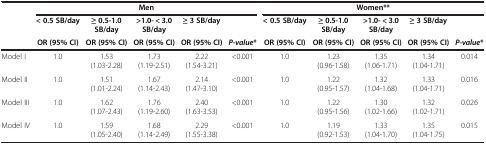
|  | <COLSPAN=5> Men | <COLSPAN=5> Women** |
 |  | < 0.5 SB/day | ≥ 0.5-1.0 SB/day | >1.0- < 3.0 SB/day | ≥ 3 SB/day |  | < 0.5 SB/day | ≥ 0.5-1.0 SB/day | >1.0- < 3.0 SB/day | ≥ 3 SB/day |  |
 |  | OR (95% CI) | OR (95% CI) | OR (95% CI) | OR (95% CI) | P-value* | OR (95% CI) | OR (95% CI) | OR (95% CI) | OR (95% CI) | P-value* |
 | --- | --- | --- | --- | --- | --- | --- | --- | --- | --- | --- |
 | Model I | 1.0 | 1.53 (1.03-2.28) | 1.73 (1.19-2.51) | 2.22 (1.54-3.21) | <0.001 | 1.0 | 1.23 (0.96-1.58) | 1.35 (1.06-1.71) | 1.34 (1.04-1.71) | 0.014 |
 | Model II | 1.0 | 1.51 (1.01-2.24) | 1.67 (1.14-2.43) | 2.14 (1.47-3.10) | <0.001 | 1.0 | 1.22 (0.95-1.57) | 1.32 (1.04-1.68) | 1.33 (1.04-1.71) | 0.016 |
 | Model III | 1.0 | 1.62 (1.07-2.43) | 1.76 (1.19-2.60) | 2.40 (1.63-3.53) | <0.001 | 1.0 | 1.22 (0.95-1.56) | 1.30 (1.02-1.66) | 1.32 (1.02-1.71) | 0.026 |
 | Model IV | 1.0 | 1.59 (1.05-2.40) | 1.68 (1.14-2.49) | 2.29 (1.55-3.38) | <0.001 | 1.0 | 1.19 (0.92-1.53) | 1.33 (1.04-1.70) | 1.35 (1.04-1.75) | 0.015 |